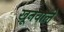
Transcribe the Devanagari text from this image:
खूनवाले